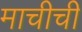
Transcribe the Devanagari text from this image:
माचीची